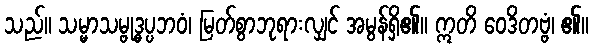
သည်။ သမ္မာသမ္ဗုဒ္ဓပ္ပဘဝံ၊ မြတ်စွာဘုရားလျှင် အမွန်ရှိ၏။ ဣတိ ဝေဒိတဗ္ဗံ၊ ၏။